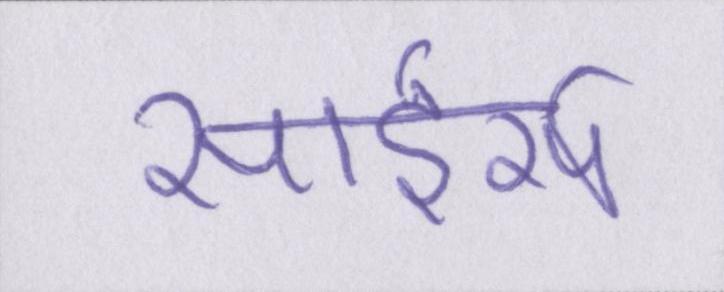
सांडर्स